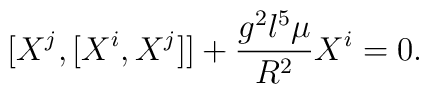
[X^{j},[X^{i},X^{j}]]+\frac{g^{2}l^{5}\mu}{R^{2}}X^{i}=0.